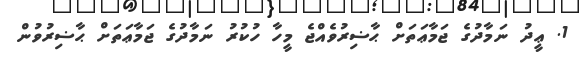
1. ޢީދު ނަމާދުގެ ޖަމާޢަތަށް ޙާޟިރުވެއްޖެ މީހާ ހުކުރު ނަމާދުގެ ޖަމާޢަތަށް ޙާޟިރުވުން